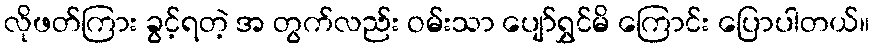
လိုဖတ်ကြား ခွင့်ရတဲ့ အ တွက်လည်း ဝမ်းသာ ပျော်ရွှင်မိ ကြောင်း ပြောပါတယ်။